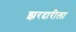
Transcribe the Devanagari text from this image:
झरदारीला